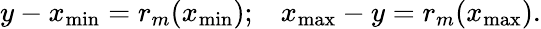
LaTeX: y-x_{\operatorname*{min}}=r_{m}(x_{\operatorname*{min}});\; \; \; x_{\operatorname*{max}}-y=r_{m}(x_{\operatorname*{max}}).